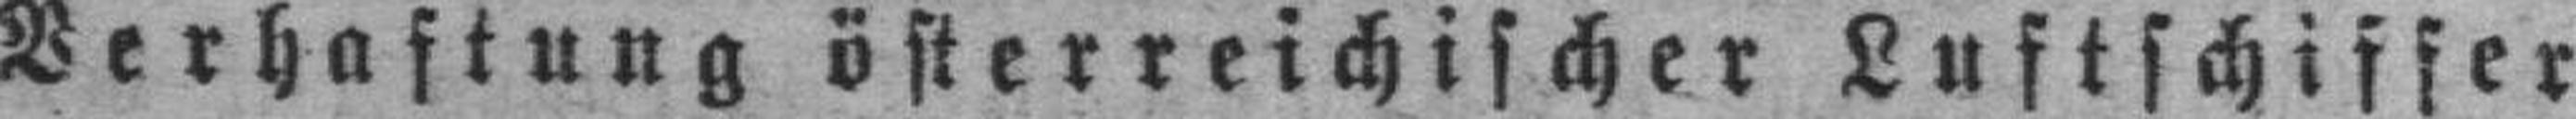
Verhaftung österreichischer Luftschiffer